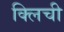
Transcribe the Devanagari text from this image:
क्लिची